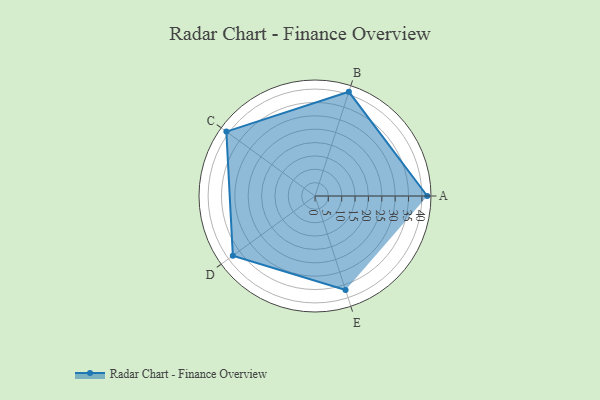
{"axis": {"x": "Skill", "y": "Score"}, "legend": ["Profile"], "data": [{"x": "A", "y": 42.0, "type": "Profile"}, {"x": "B", "y": 41.0, "type": "Profile"}, {"x": "C", "y": 41.0, "type": "Profile"}, {"x": "D", "y": 38.0, "type": "Profile"}, {"x": "E", "y": 37.0, "type": "Profile"}]}